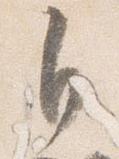
自